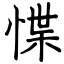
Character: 惵